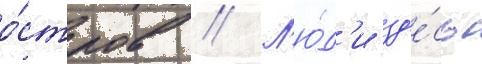
о́стров // Л'ю́д'и зд'е́сь